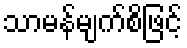
သာမန်မျက်စိဖြင့်